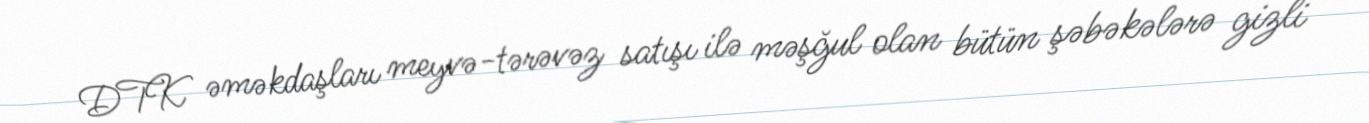
DTK əməkdaşları meyvə-tərəvəz satışı ilə məşğul olan bütün şəbəkələrə gizli